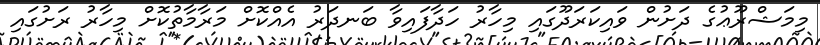
މިމަޝްރޫޢުގެ ދަށުން ވައިކަރަދޫގައި މިހާރު ހަދާފައިވާ ބަނދަރު އެއްކޮށް މަރާމާތުކޮށް މިހާރު ރަށުގައި